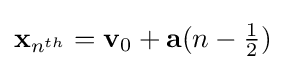
\mathbf {x} _{n^{th}}=\mathbf {v} _{0}+\mathbf {a} (n-{\tfrac {1}{2}})